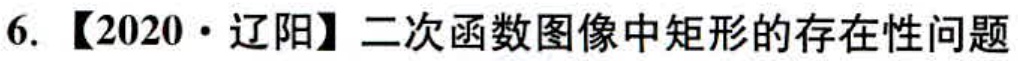
6. 【2020·辽阳】二次函数图像中矩形的存在性问题